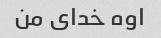
اوه خدای من